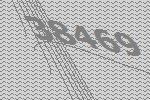
38469